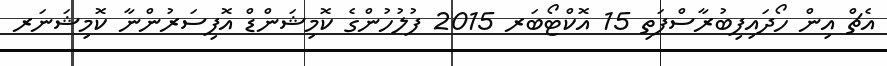
އެޗް އިން ހޯދައިފިބުރާސްފަތި 15 އޮކްޓޯބަރ 2015 ފުލުހުންގެ ކޮމިޝަންޑް އޮފިސަރުންނާ ކޮމިޝަނަރ